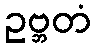
ဥဗ္ဘတံ